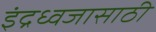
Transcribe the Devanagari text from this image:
इंद्रध्वजासाठी